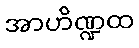
အာဟိဏ္ဍထ